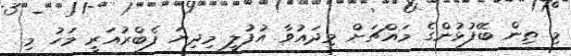
މި ތިން ބޭފުޅުންގެ މައްޗަށް މިދައުވާ އުފުލީ މިދިޔަ ފެބްރުއަރީ މަހު މި